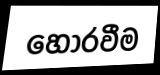
හොරවීම